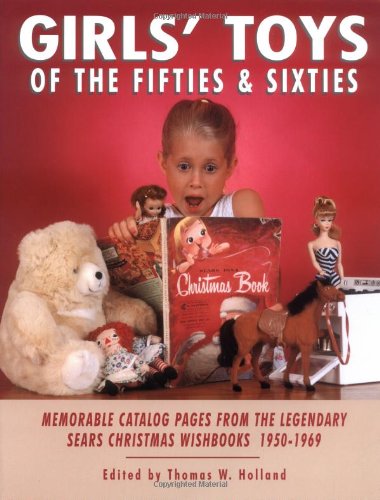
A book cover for Girls' Toys of the Fifties and Sixties: Memorable Catalog Pages from the Legendary Sears Christmas Wishbooks 1950-1969; Crafts, Hobbies & Home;